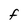
Character: F